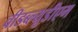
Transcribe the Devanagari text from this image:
वीडब्ल्यूडीएम